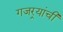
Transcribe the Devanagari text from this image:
गजर्‍यांची